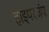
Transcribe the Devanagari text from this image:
हाइपरजंप